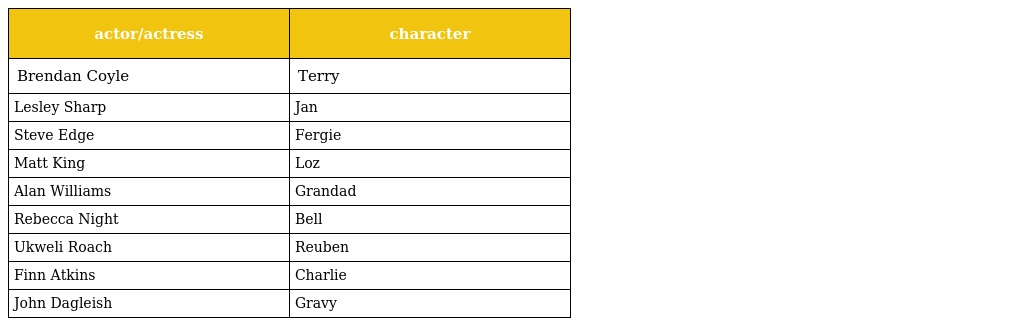
| actor/actress | character |
 | --- | --- |
 | Brendan Coyle | Terry |
 | Lesley Sharp | Jan |
 | Steve Edge | Fergie |
 | Matt King | Loz |
 | Alan Williams | Grandad |
 | Rebecca Night | Bell |
 | Ukweli Roach | Reuben |
 | Finn Atkins | Charlie |
 | John Dagleish | Gravy |